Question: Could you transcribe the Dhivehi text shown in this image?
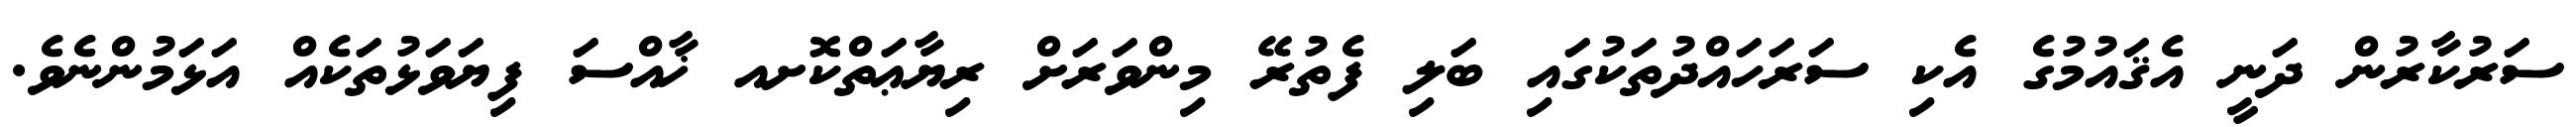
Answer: ސަރުކާރުން ދަނީ އެޤައުމުގެ އެކި ސަރަހައްދުތަކުގައި ބަލި ފެތުރޭ މިންވަރަށް ރިޔާޢަތްކޮށއ ޚާއްސަ ފިޔަވަޅުތަކެއް އަޅަމުންނެވެ.